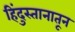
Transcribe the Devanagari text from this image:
हिंदुस्तानातून